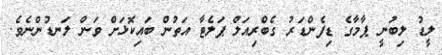
ލީޑު ލިބުނީ ޕާމާގެ ޑިފެންޑަރު ގެބްރިއަލް ޕަލެޓާ އަތުން ބައިކޮޅަށް ވަން ލަނޑުންނެވެ.